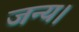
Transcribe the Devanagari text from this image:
जन्य।